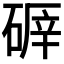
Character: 𥔈